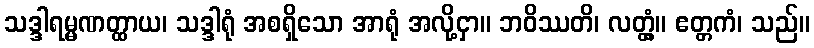
သဒ္ဒါရမ္မဏတ္ထာယ၊ သဒ္ဒါရုံ အစရှိသော အာရုံ အလို့ငှာ။ ဘဝိဿတိ၊ လတ္တံ့။ ဧတ္တကံ၊ သည်။